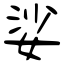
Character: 娑